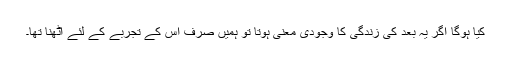
کیا ہوگا اگر یہ بعد کی زندگی کا وجودی معنی ہوتا تو ہمیں صرف اس کے تجربے کے لئے اٹھنا تھا۔